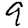
Digit: 9